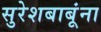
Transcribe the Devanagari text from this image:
सुरेशबाबूंना